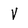
Character: V